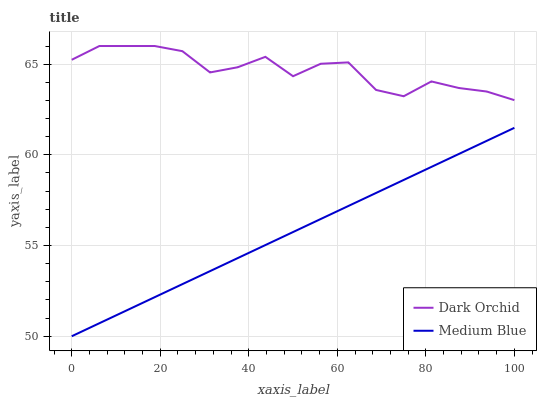
| xaxis_label | Dark Orchid | Medium Blue |
 | --- | --- | --- |
 | 0 | 65.2 | 50 |
 | 6.25 | 66 | 50.7 |
 | 12.5 | 66 | 51.4 |
 | 18.8 | 66 | 52.2 |
 | 25 | 65.7 | 52.9 |
 | 31.2 | 64.5 | 53.6 |
 | 37.5 | 64.8 | 54.3 |
 | 43.8 | 65.4 | 55 |
 | 50 | 64.3 | 55.7 |
 | 56.2 | 65 | 56.5 |
 | 62.5 | 65.1 | 57.2 |
 | 68.8 | 63.6 | 57.9 |
 | 75 | 63.2 | 58.6 |
 | 81.2 | 64 | 59.3 |
 | 87.5 | 63.7 | 60.1 |
 | 93.8 | 63.5 | 60.8 |
 | 100 | 63 | 61.5 |